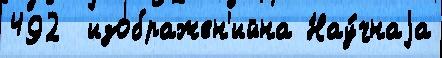
492  изображен'ийна Нау́чнаjа